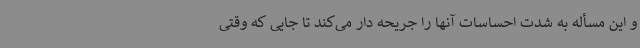
و این مسأله به شدت احساسات آنها را جریحه دار می‌کند تا جایی که وقتی